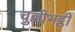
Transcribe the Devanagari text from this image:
चुल्लीभट्ठी